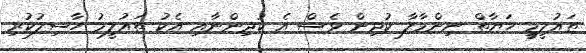
ތައުލީމީ ހަޔާތް ނިންމާލާ ކުދިން ވެސް އެ ކުދިންނާއި އެކު ތައުލީމު ހާސިލުކުރި